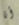
أنا